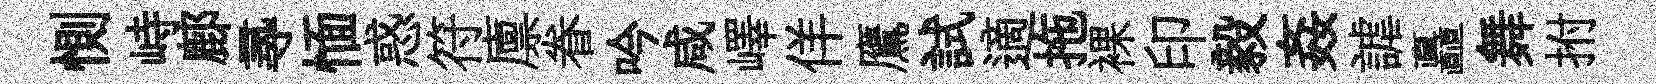
惻峙鄜𡬶愐惑符廪眷吟咸嶧佯鷹試適拖裸印毅姦謔矗舞拊